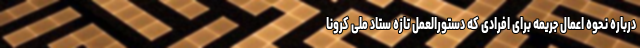
درباره نحوه اعمال جریمه برای افرادی که دستورالعمل تازه ستاد ملی کرونا